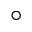
^ { \circ }